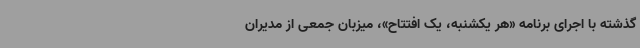
گذشته با اجرای برنامه «هر یکشنبه، یک افتتاح»، میزبان جمعی از مدیران